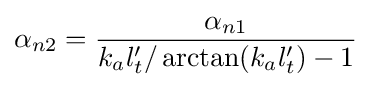
\alpha _{n2}={\frac {\alpha _{n1}}{k_{a}l_{t}'/\arctan(k_{a}l_{t}')-1}}